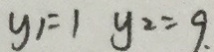
y _ { 1 } = 1 y _ { 2 } = 9 .